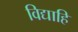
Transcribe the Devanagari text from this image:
विद्याहि